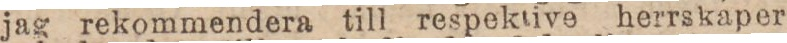
jag rekommendera till respektive herrskaper